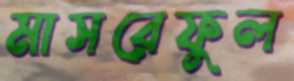
মাসরেফুল